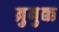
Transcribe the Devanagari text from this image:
ब्रुबुक्क